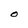
Character: O